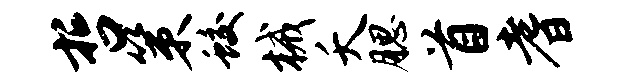
哲策蛟械夭腮首耆